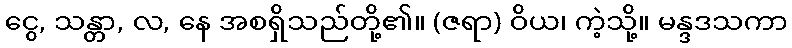
ငွေ, သန္တာ, လ, နေ အစရှိသည်တို့၏။ (ဇရာ) ဝိယ၊ ကဲ့သို့။ မန္ဒဒသကာ